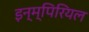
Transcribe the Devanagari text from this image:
इन्म्पिरियल